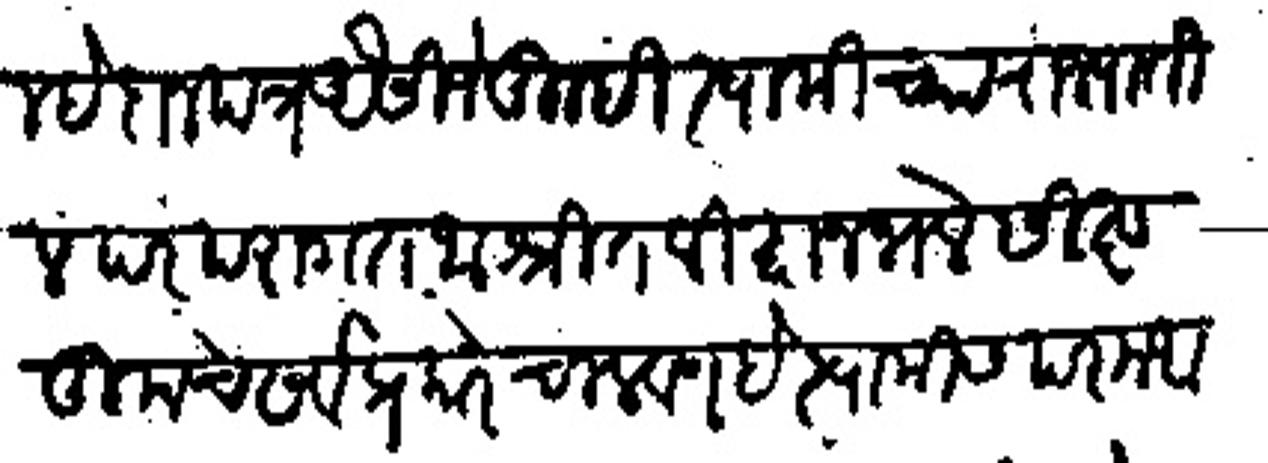
Transliteration (Devanagari): दिल्हे दानपत्र अैसीजे तुम्हीं स्वामीच्या राज्यातील परपरागत आश्रीत विद्वान भले सिष्ट तुमचे सर्व प्रकार चालवण हे स्वामीस परम आवश्यक